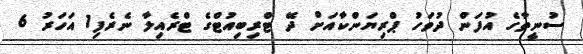
ސުނީތާގެ އުފަން ދުވަހު ޕްރިޔަންކާއަށް ދޭ ޓްރިބިއުޓްގެ ޓްރެއިލާ ނެރެފި1 އަހަރު 6